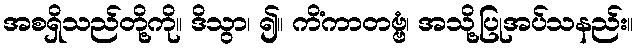
အစရှိသည်တို့ကို။ ဒိသွာ၊ ၍။ ကိံကာတဗ္ဗံ၊ အသို့ပြုအပ်သနည်း။